Subject: cs
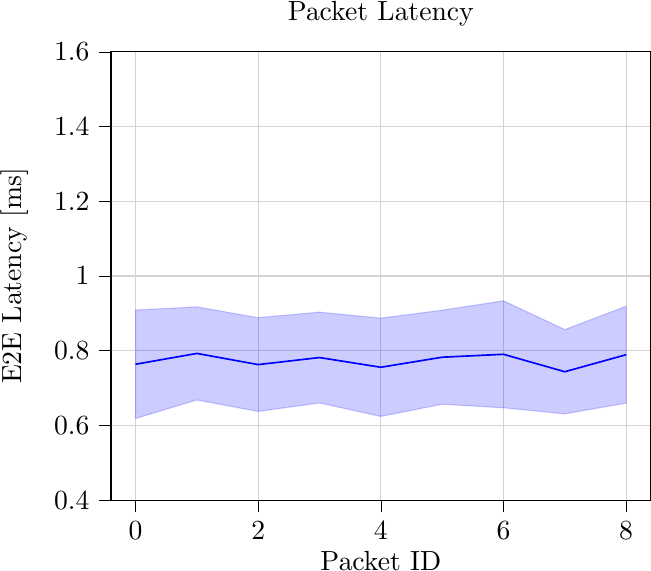
LaTeX code:
\begin{tikzpicture}

\definecolor{lightgray}{RGB}{211,211,211}

\begin{axis}[
tick align=outside,
tick pos=left,
title={Packet Latency},
x grid style={lightgray},
xlabel={Packet ID},
xmajorgrids,
xmin=-0.4, xmax=8.4,
xtick style={color=black},
y grid style={lightgray},
ylabel={E2E Latency [ms]},
ymajorgrids,
ymin=0.4, ymax=1.6,
ytick style={color=black}
]
\path [draw=blue, fill=blue, opacity=0.2]
(axis cs:0,0.908921703134136)
--(axis cs:0,0.618756868294435)
--(axis cs:1,0.668308371828297)
--(axis cs:2,0.637468229747481)
--(axis cs:3,0.660313061830385)
--(axis cs:4,0.624265379566408)
--(axis cs:5,0.656882511976943)
--(axis cs:6,0.647363624550328)
--(axis cs:7,0.631106407031004)
--(axis cs:8,0.659804222410999)
--(axis cs:8,0.918990420446144)
--(axis cs:8,0.918990420446144)
--(axis cs:7,0.85661680725471)
--(axis cs:6,0.933663161163957)
--(axis cs:5,0.908519273737343)
--(axis cs:4,0.887341763290735)
--(axis cs:3,0.903303009598187)
--(axis cs:2,0.888424627395376)
--(axis cs:1,0.917405913885989)
--(axis cs:0,0.908921703134136)
--cycle;

\addplot [semithick, blue]
table {%
0 0.763839285714286
1 0.792857142857143
2 0.762946428571429
3 0.781808035714286
4 0.755803571428571
5 0.782700892857143
6 0.790513392857143
7 0.743861607142857
8 0.789397321428572
};
\end{axis}

\end{tikzpicture}